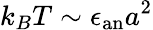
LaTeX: k_{B}T\sim\epsilon_{\mathrm{an}}a^{2}